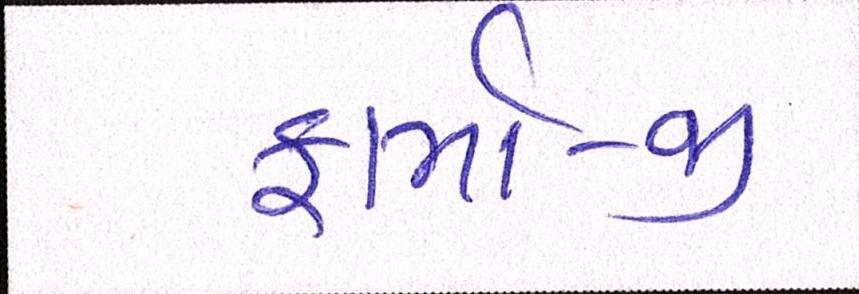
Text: ફાર્મા-જી